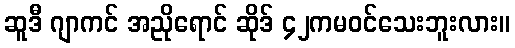
ဆူဒီ ဂျာကင် အညိုရောင် ဆိုဒ် ၄၂ကမဝင်သေးဘူးလား။